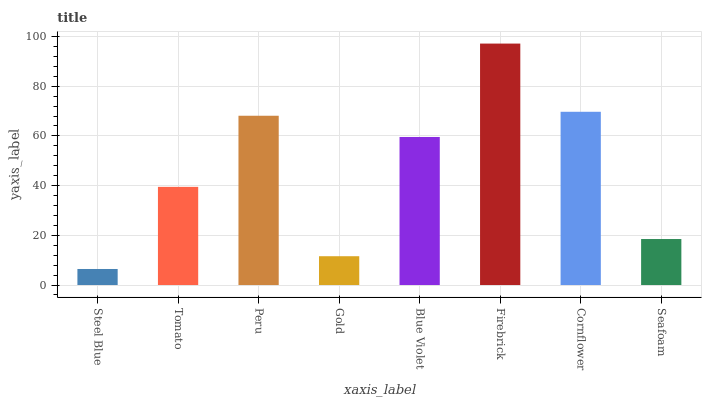
| xaxis_label | bars |
 | --- | --- |
 | Steel Blue | 6.45 |
 | Tomato | 39.5 |
 | Peru | 68.1 |
 | Gold | 11.6 |
 | Blue Violet | 59.6 |
 | Firebrick | 97.2 |
 | Cornflower | 69.7 |
 | Seafoam | 18.5 |